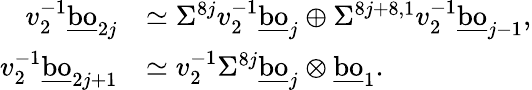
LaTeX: \begin{array}{rl}{v_{2}^{-1}\underline{{\mathrm{bo}}}_{2j}}&{\simeq\Sigma^{8j}v_{2}^{-1}\underline{{\mathrm{bo}}}_{j}\oplus\Sigma^{8j+8,1}v_{2}^{-1}\underline{{\mathrm{bo}}}_{j-1},}\\ {v_{2}^{-1}\underline{{\mathrm{bo}}}_{2j+1}}&{\simeq v_{2}^{-1}\Sigma^{8j}\underline{{\mathrm{bo}}}_{j}\otimes\underline{{\mathrm{bo}}}_{1}.}\end{array}